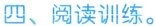
四、阅读训练。